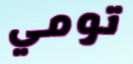
تومي